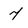
Character: 7